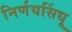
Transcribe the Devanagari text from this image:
निर्णयसिंधू